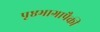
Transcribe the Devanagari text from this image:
पृष्ठभागापैकी